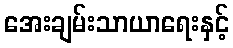
အေးချမ်းသာယာရေးနှင့်